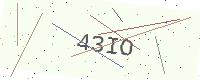
Text: 43IO